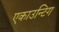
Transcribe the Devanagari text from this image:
एकाउन्टिग